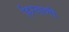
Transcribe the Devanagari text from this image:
हिरवाणी